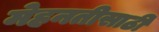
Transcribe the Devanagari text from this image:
मेहनतीसाठी